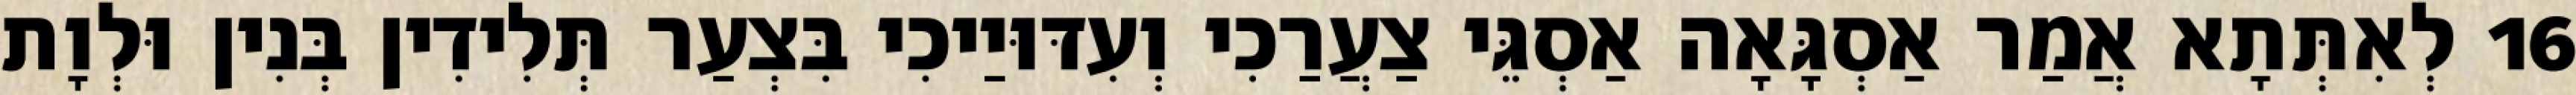
16 לְאִתְּתָא אֲמַר אַסְגָּאָה אַסְגֵּי צַעֲרַכִי וְעִדּוּיַיכִי בִּצְעַר תְּלִידִין בְּנִין וּלְוָת